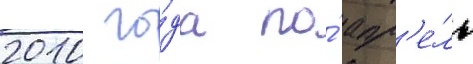
2010 го́да по́ апр'е́ль